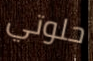
حلوتي